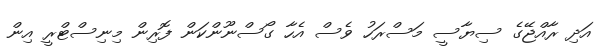
އަދި ރާއްޖޭގެ ސިޔާސީ މަސްރަހު ވެސް އެހާ ގޯސްނޫންކަން ފޮރިން މިިނިސްޓްރީ އިން